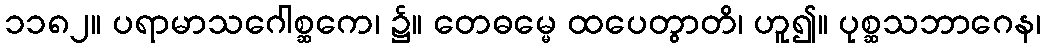
၁၁၈၂။ ပရာမာသဂေါစ္ဆကေ၊ ၌။ တေဓမ္မေ ထပေတွာတိ၊ ဟူ၍။ ပုစ္ဆသဘာဂေန၊